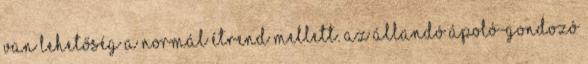
van lehetőség a normál étrend mellett. Az állandó ápoló-gondozó